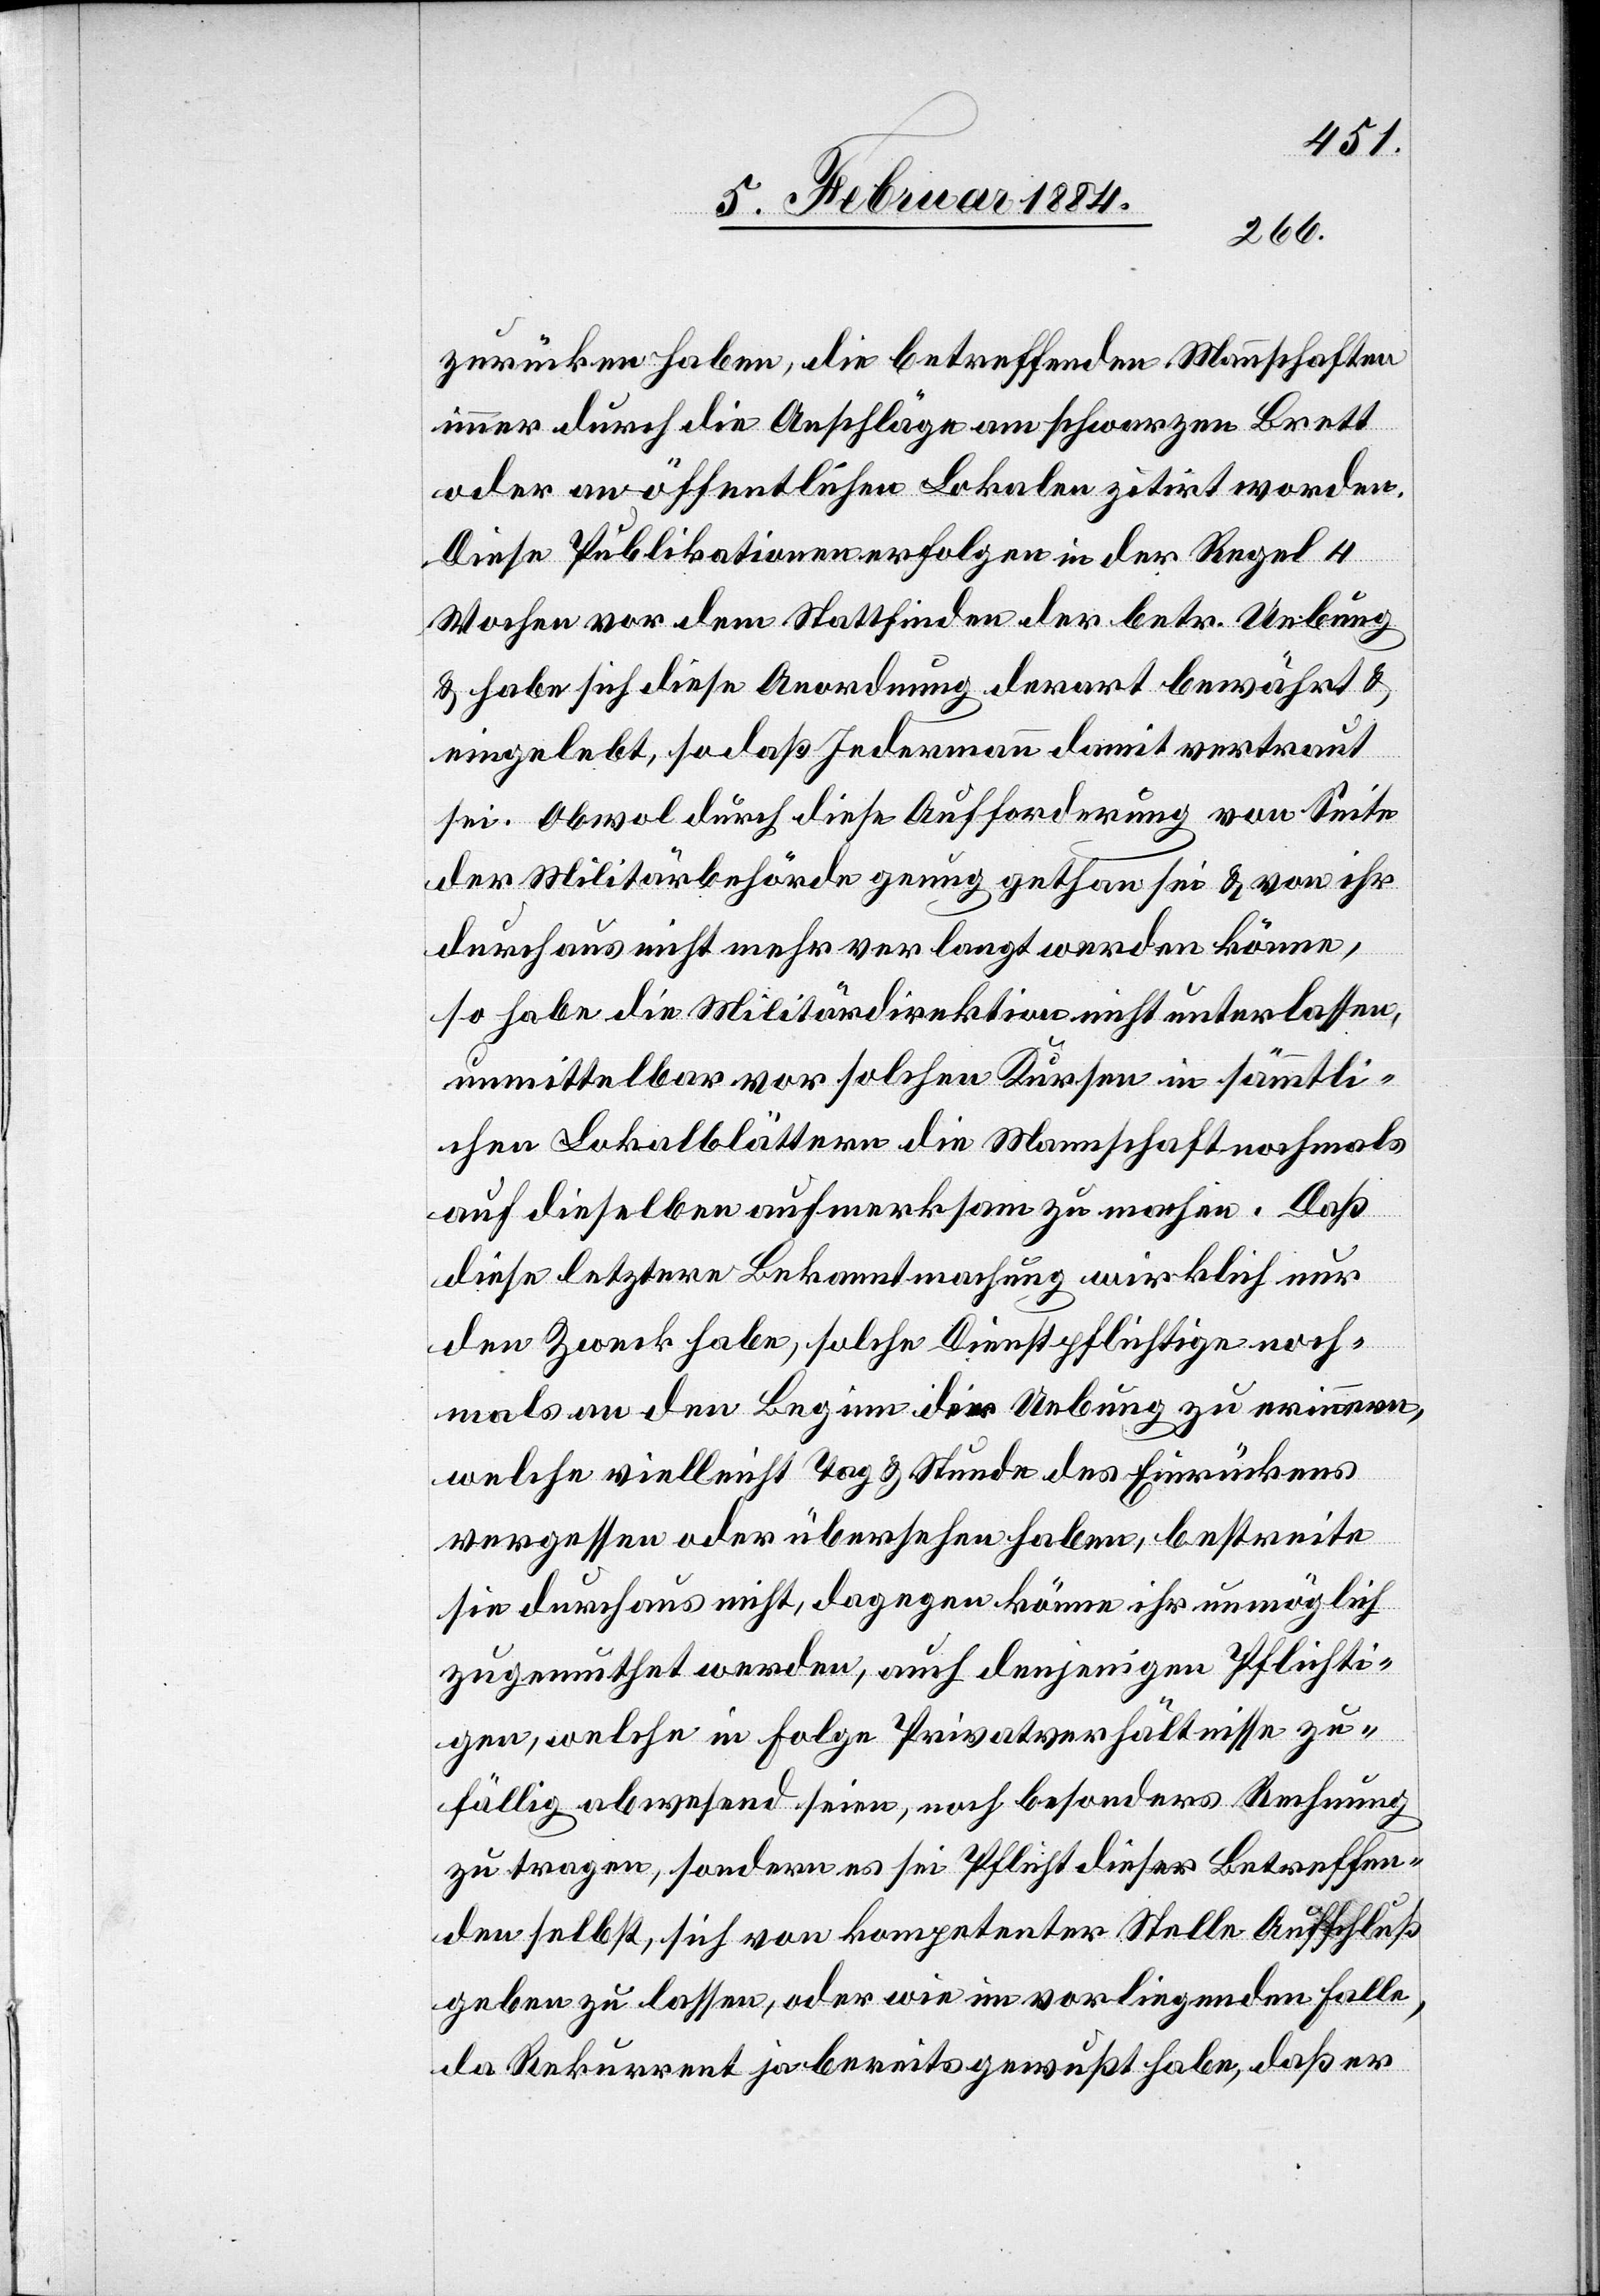
zurücken haben, die betreffenden Mannschaften
immer durch die Anschläge am schwarzen Brett
oder an öffentlichen Lokalen zitirt worden.
Diese Publikationen erfolgen in der Regel 4
Wochen vor dem Stattfinden der betr. Uebung
& habe sich diese Anordnung derart bewährt &
eingelebt, so daß Jedermann damit vertraut
sei. Obwol durch diese Aufforderung von Seite
der Militärbehörde genug gethan sei & von ihr
durchaus nicht mehr verlangt werden könne,
so habe die Militärdirektion nicht unterlassen,
unmittelbar vor solchen Kursen in sämmtli¬
chen Lokalblättern die Mannschaft nochmals
auf dieselben aufmerksam zu machen. Daß
diese letztere Bekanntmachung wirklich nur
den Zweck habe, solche Dienstpflichtigen noch¬
mals an den Beginn der Uebung zu erinnern,
welche vielleicht Tag & Stunde des Einrückens
vergessen oder übersehen haben, bestreite
sie durchaus nicht, dagegen könne ihr unmöglich
zugemuthet werden, auch denjenigen Pflichti¬
gen, welche in Folge Privatverhältnissen zu¬
fällig abwesend seien, noch besonders Rechnung
zu tragen, sondern es sei Pflicht dieser Betreffen¬
den selbst, sich von kompetenter Stelle Aufschluß
geben zu lassen, oder wie im vorliegenden Falle,
da Rekurrent ja bereits gewußt habe, daß er